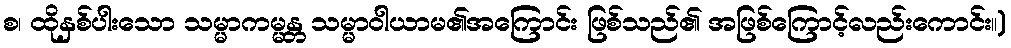
စ၊ ထိုနှစ်ပါးသော သမ္မာကမ္မန္တ သမ္မာဝါယာမ၏အကြောင်း ဖြစ်သည်၏ အဖြစ်ကြောင့်လည်းကောင်း။)